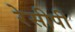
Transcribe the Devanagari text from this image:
रेसीपी